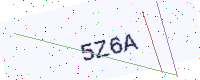
Text: 5Z6A